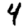
Digit: 4